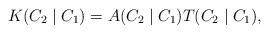
LaTeX: \begin{align*}K(C_2\mid C_1)=A(C_2\mid C_1)T(C_2\mid C_1),\end{align*}